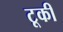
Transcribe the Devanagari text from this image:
टूकी